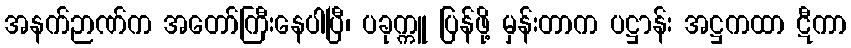
အနက်ဉာဏ်က အတော်ကြီးနေပါပြီ၊ ပခုက္ကူ ပြန်ဖို့ မှန်းတာက ပဋ္ဌာန်း အဋ္ဌကထာ ဋီကာ